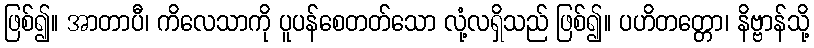
ဖြစ်၍။ အာတာပီ၊ ကိလေသာကို ပူပန်စေတတ်သော လုံ့လရှိသည် ဖြစ်၍။ ပဟိတတ္တော၊ နိဗ္ဗာန်သို့